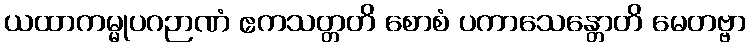
ယထာကမ္မုပဂဉာဏံ ဧကသတ္တတိ စောစံ ပကာသေန္တောတိ မေတဗ္ဗာ